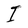
Character: I